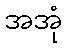
အအုံ